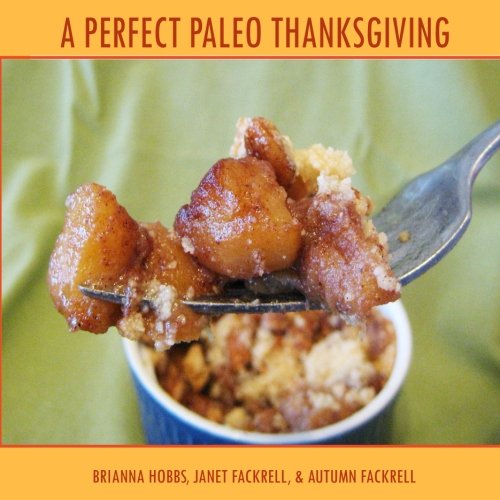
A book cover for A Perfect Paleo Thanksgiving; Brianna Hobbs; Cookbooks, Food & Wine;